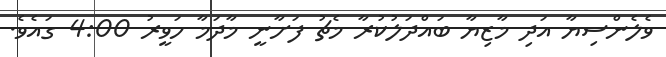
ވެލެންސިޔާ އަދި މާޒިޔާ ބައްދަލުކުރާ މެޗު ފަށާނީ މާދަމާ ހަވީރު 4:00 ގައެވެ.